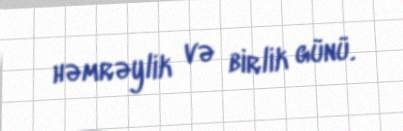
həmrəylik və birlik günü.